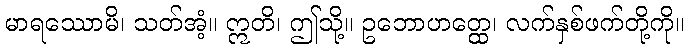
မာရဿောမိ၊ သတ်အံ့။ ဣတိ၊ ဤသို့။ ဥဘောဟတ္ထေ၊ လက်နှစ်ဖက်တို့ကို။